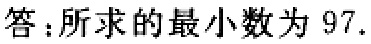
答：所求的最小数为 \(97\).